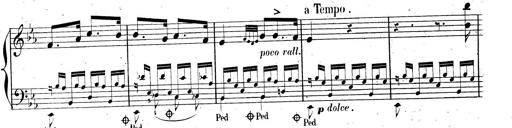
Title: AnnÃ©es de pÃ¨lerinage II, SupplÃ©ment
Composer: Franz Liszt